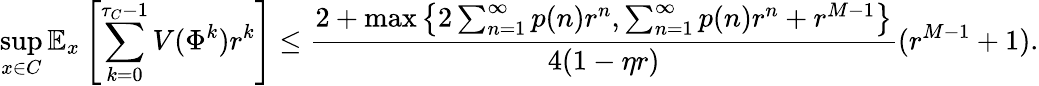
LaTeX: \operatorname*{sup}_{x\in C}\mathbb{E}_{x}\left[\sum_{k=0}^{\tau_{C}-1}V(\Phi^{k})r^{k}\right]\leq\frac{2+\operatorname*{max}\left\{ 2\sum_{n=1}^{\infty}p(n)r^{n},\sum_{n=1}^{\infty}p(n)r^{n}+r^{M-1}\right\} }{4(1-\eta r)}(r^{M-1}+1).